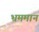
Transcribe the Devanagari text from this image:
भ्रममान